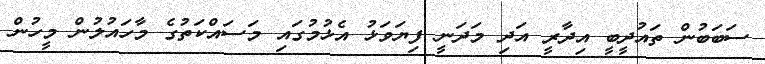
ސަބަބުން ތައުދީބީ އިދާރީ އަދި މަދަނީ ފިޔަވަޅު އެޅުމުގައި މަސައްކަތުގެ މާހައުލުން މީހުން